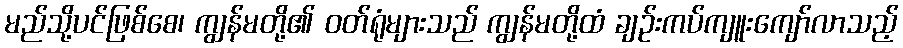
မည်သို့ပင်ဖြစ်စေ၊ ကျွန်မတို့၏ ဝတ်ရုံများသည် ကျွန်မတို့ထံ ချဉ်းကပ်ကျူးကျော်လာသည့်